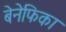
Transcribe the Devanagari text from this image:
बेनेफिका